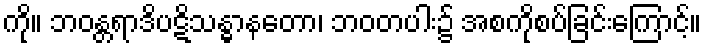
ကို။ ဘဝန္တရာဒိပဋိသန္ဓာနတော၊ ဘဝတပါး၌ အစကိုစပ်ခြင်းကြောင့်။